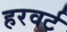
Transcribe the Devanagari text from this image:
हरवर्ट